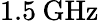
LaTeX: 1.5\: \mathrm{GHz}